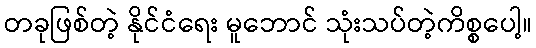
တခုဖြစ်တဲ့ နိုင်ငံရေး မူဘောင် သုံးသပ်တဲ့ကိစ္စပေါ့။